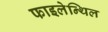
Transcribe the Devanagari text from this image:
फाइलेन्थिल